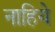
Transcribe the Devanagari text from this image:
नाहिये